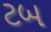
ટબ